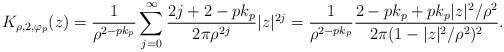
LaTeX: \begin{align*}K_{\rho,2,\varphi_p}(z)=\frac{1}{\rho^{2-pk_p}}\sum^\infty_{j=0}\frac{2j+2-pk_p}{2\pi{\rho^{2j}}}|z|^{2j}=\frac{1}{\rho^{2-pk_p}}\frac{2-pk_p+pk_p|z|^2/\rho^2}{2\pi(1-|z|^2/\rho^2)^2}.\end{align*}